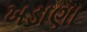
ખડાણા